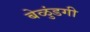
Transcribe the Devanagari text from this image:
बेळुंडगी